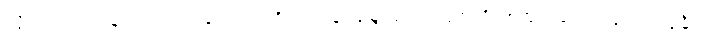
သို့ရာတွင် သနားခြင်း တခုတည်းကို အခြေခံရုံမျှဖြင့် အချစ်ကို တည်ဆောက်ခြင်း မပြုနိုင်။